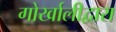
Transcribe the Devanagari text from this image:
गोर्खालीद्वारा